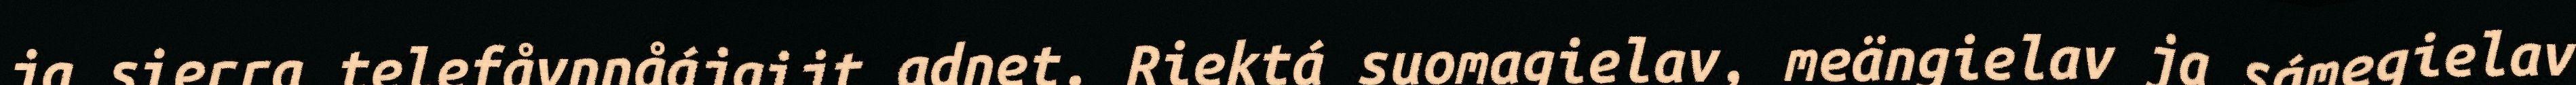
ja sierra telefåvnnåájgijt adnet. Riektá suomagielav, meängielav ja sámegielav